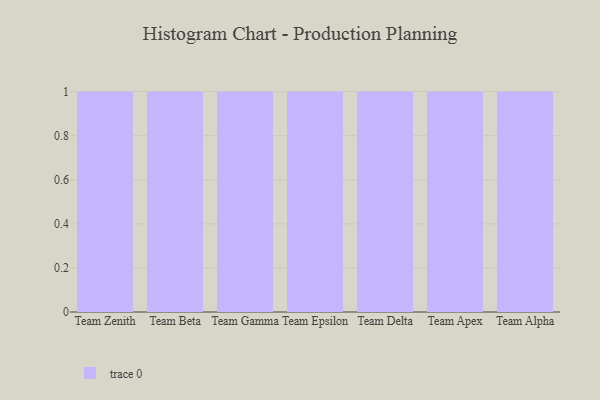
{"axis": {"x": "Team", "y": "Energy Usage (MWh)"}, "legend": [""], "data": [{"x": "Team Zenith", "y": 93, "type": ""}, {"x": "Team Beta", "y": 29, "type": ""}, {"x": "Team Gamma", "y": 94, "type": ""}, {"x": "Team Epsilon", "y": 43, "type": ""}, {"x": "Team Delta", "y": 89, "type": ""}, {"x": "Team Apex", "y": 81, "type": ""}, {"x": "Team Alpha", "y": 24, "type": ""}]}